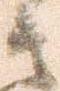
其